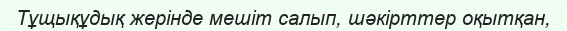
Тұщықұдық жерінде мешіт салып, шәкірттер оқытқан,